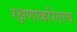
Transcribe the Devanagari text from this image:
रक्षणाकरिताच